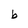
Character: b